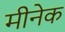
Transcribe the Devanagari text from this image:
मीनेक